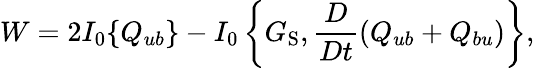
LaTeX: W=2I_{0}\{ {Q_{ub}}\} -I_{0}\left\{ {G_{\mathrm{{S}}},\frac{D}{Dt}(Q_{ub}+Q_{bu})}\right\} ,